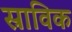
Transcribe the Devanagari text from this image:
स्राविक